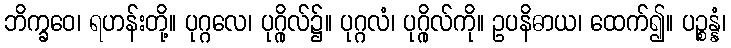
ဘိက္ခဝေ၊ ရဟန်းတို့။ ပုဂ္ဂလေ၊ ပုဂ္ဂိုလ်၌။ ပုဂ္ဂလံ၊ ပုဂ္ဂိုလ်ကို။ ဥပနိဓာယ၊ ထေက်၍။ ပဉ္စန္နံ၊